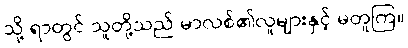
သို့ ရာတွင် သူတို့သည် မာလစ်၏လူများနှင့် မတူကြ။